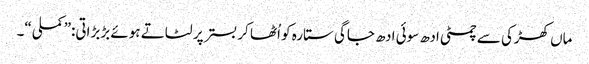
ماں کھڑکی سے چمٹی ادھ سوئی ادھ جاگی ستارہ کو اُٹھا کر بستر پر لٹاتے ہوئے بڑبڑاتی:”کملی“۔